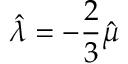
\hat { \lambda } = - \frac { 2 } { 3 } \hat { \mu }